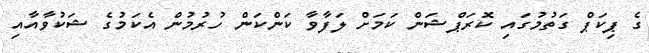
ގެ ޕިކަޕް ގަތުމުގައި ކޮރަޕްޝަން ކަމަށް ލަފާވާ ކަންކަން ހުރުމުން އެކަމުގެ ޝަކުވާއާއި